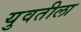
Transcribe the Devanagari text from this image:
युवतीला